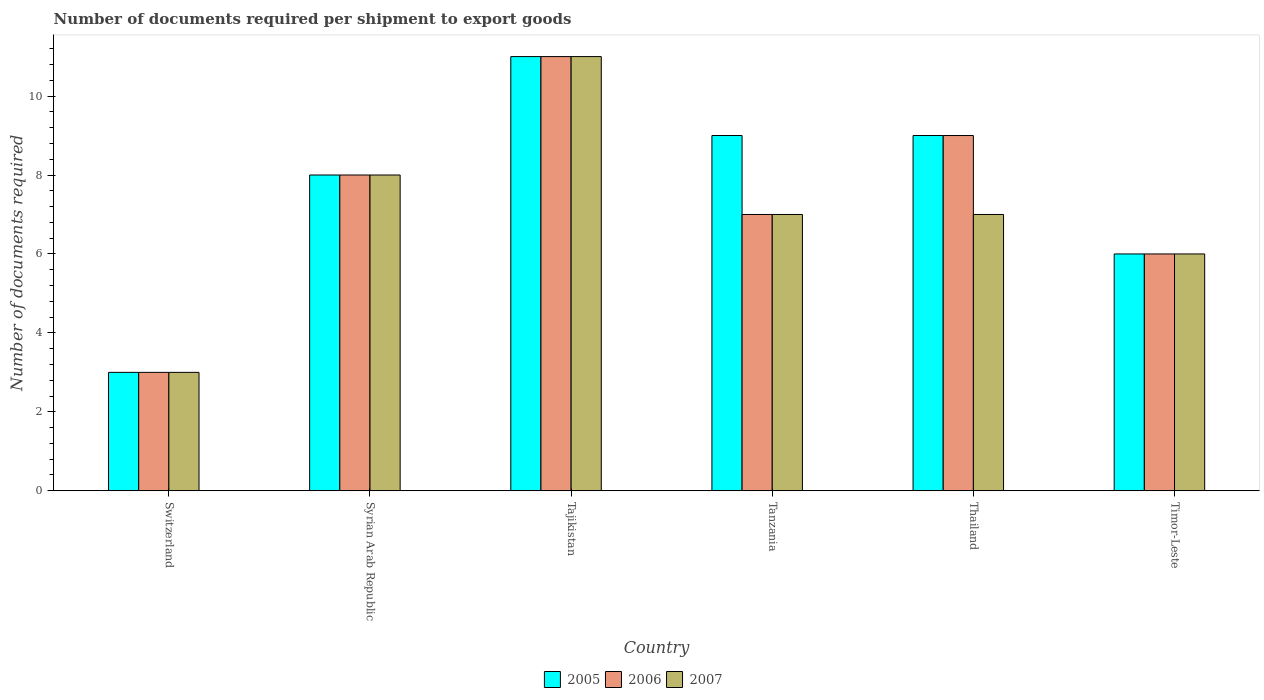
| Country | 2005 | 2006 | 2007 |
 | --- | --- | --- | --- |
 | Switzerland | 3 | 3 | 3 |
 | Syrian Arab Republic | 8 | 8 | 8 |
 | Tajikistan | 11 | 11 | 11 |
 | Tanzania | 9 | 7 | 7 |
 | Thailand | 9 | 9 | 7 |
 | Timor-Leste | 6 | 6 | 6 |